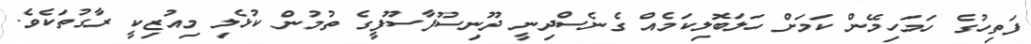
ފަތިހުގެ ހަމަހިމޭން ކަމަށް ހަލަބޮލިކަމެއް ގެނެސްދިނީ ދޫނިސޫފާސޫފީގެ ތުމުން ކުޅެލި މިއުޒިކީ ރާގުތަކެވެ.